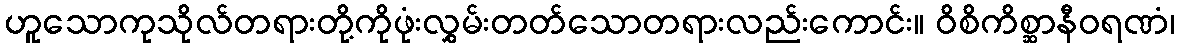
ဟူသောကုသိုလ်တရားတို့ကိုဖုံးလွှမ်းတတ်သောတရားလည်းကောင်း။ ဝိစိကိစ္ဆာနီဝရဏံ၊